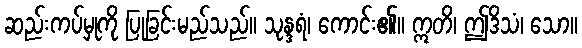
ဆည်းကပ်မှုကို ပြုခြင်းမည်သည်။ သုန္ဒရံ၊ ကောင်း၏။ ဣတိ၊ ဤဒိသံ၊ သော။